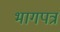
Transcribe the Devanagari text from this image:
भागपत्र